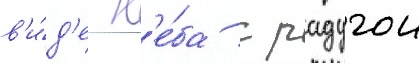
в'и́д'е н'е́ба с радугои